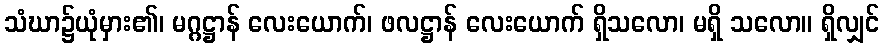
သံဃာ၌ယုံမှား၏၊ မဂ္ဂဋ္ဌာန် လေးယောက်၊ ဖလဋ္ဌာန် လေးယောက် ရှိသလော၊ မရှိ သလော။ ရှိလျှင်